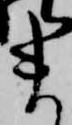
ま